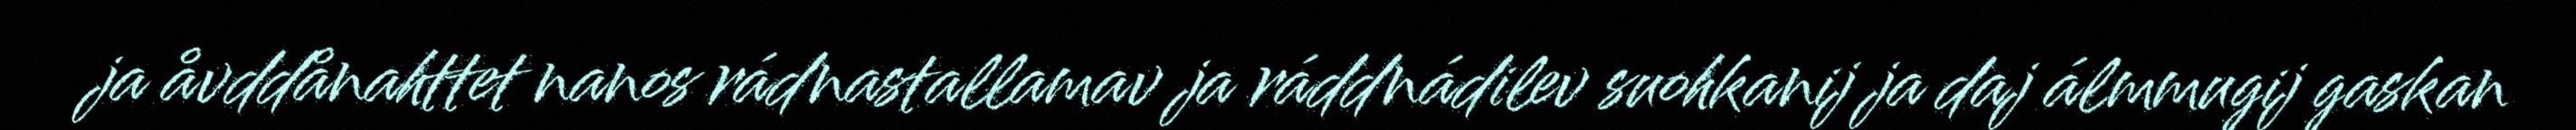
ja åvddånahttet nanos rádnastallamav ja ráddnádilev suohkanij ja daj álmmugij gaskan